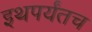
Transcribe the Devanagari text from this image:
इथपर्यंतच